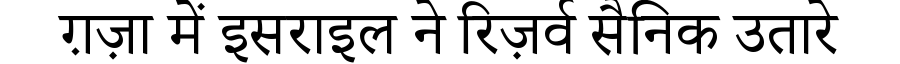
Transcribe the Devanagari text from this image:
ग़ज़ा में इसराइल ने रिज़र्व सैनिक उतारे